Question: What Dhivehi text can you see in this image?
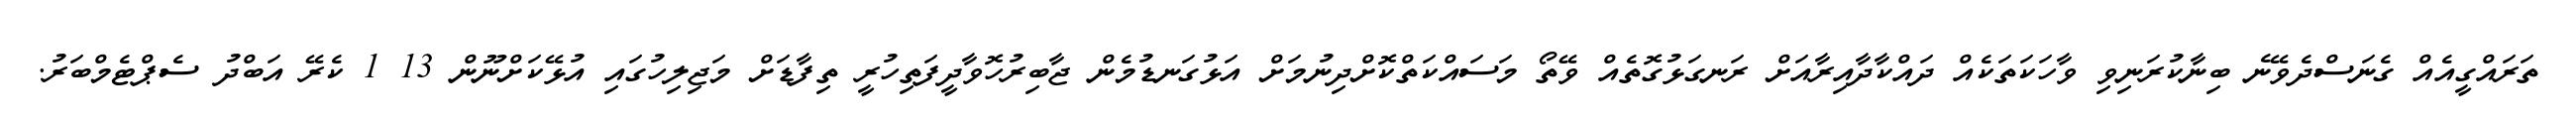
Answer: ތަރައްގީއެއް ގެނަސްދެވޭނެ ބިނާކުރަނިވި ވާހަކަތަކެއް ދައްކާދާއިރާއަށް ރަނގަޅުގޮތެއް ވޭތޯ މަސައްކަތްކޮށްދިނުމަށް އަޅުގަނޑުމެން ޖާބިރުހޮވާދީފަތިހުރީ ތިފާޑަށް މަޖިލިހުގައި އުޅޭކަށްނޫން 13 1 ކެރޭ އަބްދު ސެޕްޓެމްބަރު.